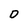
Character: O